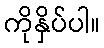
ကိုနှိပ်ပါ။